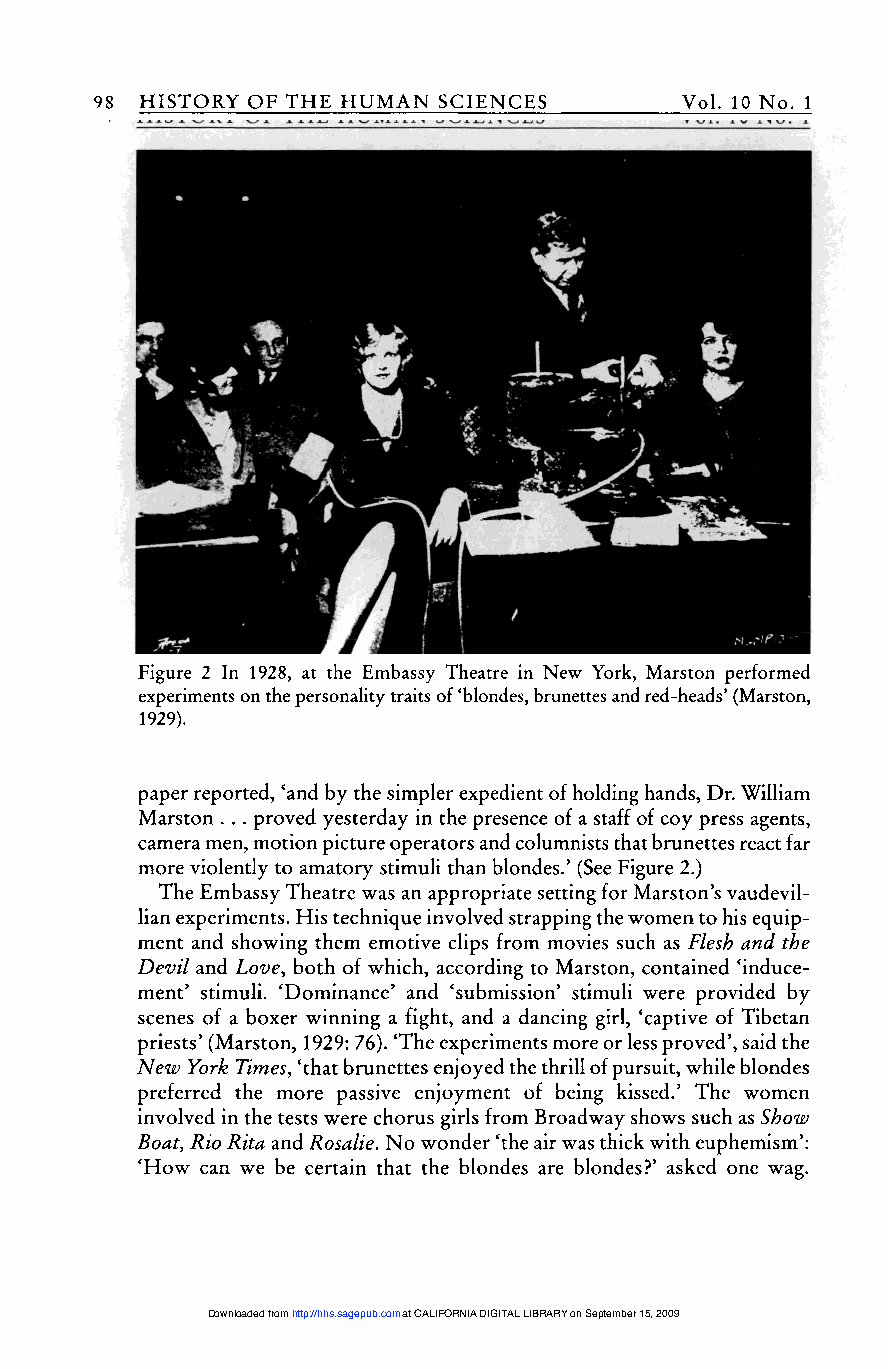
98
 Figure 2 In 1928, at the Embassy Theatre in New York, Marston performed
 experiments on the personality traits of ’blondes, brunettes and red-heads’ (Marston,
 1929).
 paper reported, ’and by the simpler expedient of holding hands, Dr. William
 Marston ... proved yesterday in the presence of a staff of coy press agents,
 camera men, motion picture operators and columnists that brunettes react far
 more violently to amatory stimuli than blondes.’ (See Figure 2.)
 The Embassy Theatre was an appropriate setting for Marston’s vaudevil-
 lian experiments. His technique involved strapping the women to his equip-
 ment and showing them emotive clips from movies such as Flesh and the
 Devil and Love, both of which, according to Marston, contained ’induce-
 ment’ stimuli. ’Dominance’ and ’submission’ stimuli were provided by
 scenes of a boxer winning a fight, and a dancing girl, ’captive of Tibetan
 priests’ (Marston, 1929: 76). ’The experiments more or less proved’, said the
 New York Times, ’that brunettes enjoyed the thrill of pursuit, while blondes
 preferred the more passive enjoyment of being kissed.’ The women
 involved in the tests were chorus girls from Broadway shows such as Show
 Boat, Rio Rita and Rosalie. No wonder ‘the air was thick with euphemism’:
 ’How can we be certain that the blondes are blondes?’ asked one wag.
 Downloaded from http://hhs.sagepub.com at CALIFORNIA DIGITAL LIBRARY on September 15, 2009